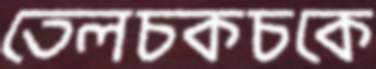
তেলচকচকে